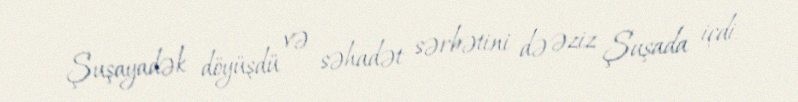
Şuşayadək döyüşdü və səhadət sərbətini də əziz Şuşada içdi.